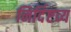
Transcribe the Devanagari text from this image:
निर्दिष्टव्य